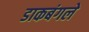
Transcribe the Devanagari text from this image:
डाकबंगले